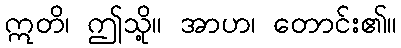
ဣတိ၊ ဤသို့။ အာဟ၊ တောင်း၏။